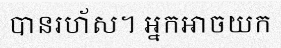
បានរហ័ស។ អ្នកអាចយក